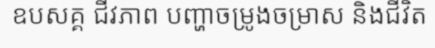
ឧបសគ្គ ជីវភាព បញ្ហាចម្រូងចម្រាស និងជីវិត